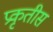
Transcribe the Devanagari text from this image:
प्रकृतीस